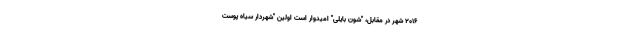
2016 شهر در مقابل، "شون بایلی" امیدوار است اولین "شهردار سیاه پوست